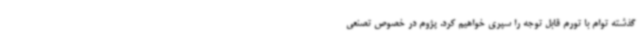
گذشته توام با تورم قابل توجه را سپری خواهیم کرد. پژوم در خصوص تصنعی‌